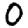
Digit: 0